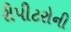
રીપીટરોની